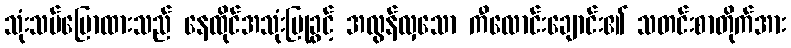
သုံးသပ်ပြောထားသည် နေထိုင်အသုံးပြုခွင့် အလွန်လှသော ကီလောင်းချောင်း၏ သတင်းစာတိုက်အား